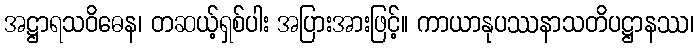
အဋ္ဌာရသဝိဓေန၊ တဆယ့်ရှစ်ပါး အပြားအားဖြင့်။ ကာယာနုပဿနာသတိပဋ္ဌာနဿ၊